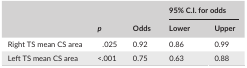
<table><thead><tr><td rowspan="2"></td><td rowspan="2"><b><i>p</i></b></td><td rowspan="2"><b>Odds</b></td><td colspan="2"><b>95% C.I. for odds</b></td></tr><tr><td><b>Lower</b></td><td><b>Upper</b></td></tr></thead><tbody><tr><td>Right TS mean CS area</td><td>.025</td><td>0.92</td><td>0.86</td><td>0.99</td></tr><tr><td>Left TS mean CS area</td><td>&lt;.001</td><td>0.75</td><td>0.63</td><td>0.88</td></tr></tbody></table>